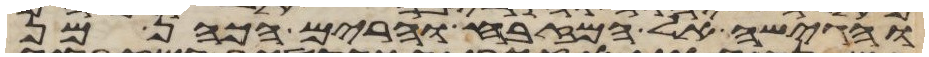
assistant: והגישה אל המזבח והרים הכהן מן